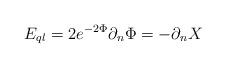
LaTeX: \begin{align*}E_{ql}=2e^{-2\Phi }\partial _{n}\Phi =-\partial _{n}X\,\end{align*}